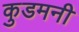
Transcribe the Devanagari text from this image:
कुडमनी